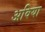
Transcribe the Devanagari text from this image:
अविया